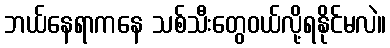
ဘယ်နေရာကနေ သစ်သီးတွေဝယ်လို့ရနိုင်မလဲ။